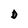
Character: D